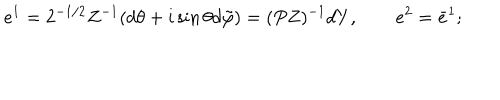
e ^ { 1 } = 2 ^ { - 1 / 2 } Z ^ { - 1 } ( d \theta + i \sin \theta d \tilde { \varphi } ) = ( P Z ) ^ { - 1 } d Y , \qquad e ^ { 2 } = \bar { e } ^ { 1 } ;